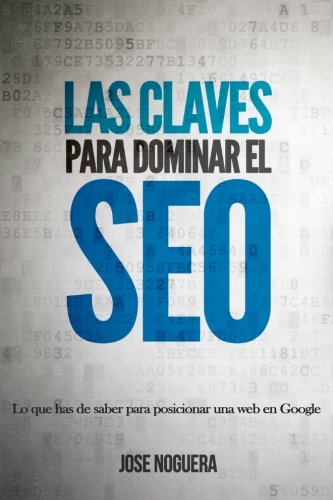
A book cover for Las claves para dominar el SEO (Spanish Edition); JosÃ© Noguera; Computers & Technology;